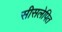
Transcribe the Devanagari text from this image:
सीसलेपित